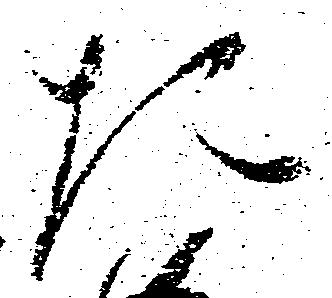
た